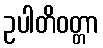
ဥပါတိဝတ္တာ